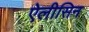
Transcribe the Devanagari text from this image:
ऐलीसिन